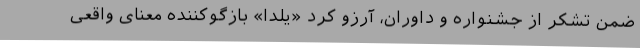
ضمن تشکر از جشنواره و داوران، آرزو کرد «یلدا» بازگوکننده معنای واقعی